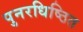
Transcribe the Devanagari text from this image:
पुनरधिष्ठित